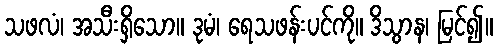
သဖလံ၊ အသီးရှိသော။ ဒုမံ၊ ရေသဖန်းပင်ကို။ ဒိသွာန၊ မြင်၍။